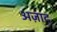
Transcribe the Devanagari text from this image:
अज़ाद